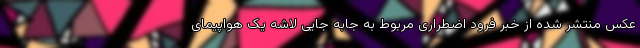
عکس منتشر شده از خبر فرود اضطراری مربوط به جابه جایی لاشه یک هواپیمای